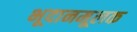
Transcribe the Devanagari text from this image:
भूदानमूलक